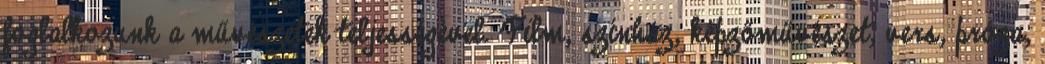
foglalkozunk a művészetek teljességével. Film, színház, képzőművészet, vers, próza,